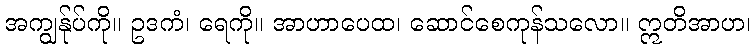
အကျွန်ုပ်ကို။ ဥဒကံ၊ ရေကို။ အာဟာပေထ၊ ဆောင်စေကုန်သလော။ ဣတိအာဟ၊